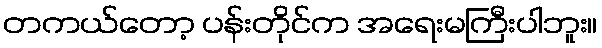
တကယ်တော့ ပန်းတိုင်က အရေးမကြီးပါဘူး။